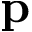
\textbf { p }